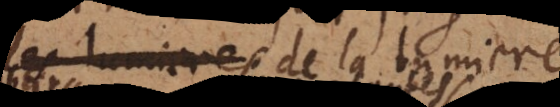
lumieres de la lumi